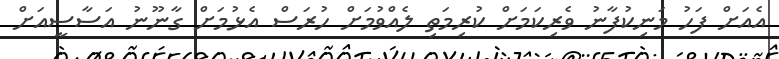
އެއަށް ފަހު މަނިކުފާނު ވެރިކަމަށް ކުރިމަތި ލެއްވުމަށް ހުރަސް އެޅުމަށް ގާނޫނު އަސާސީއަށް